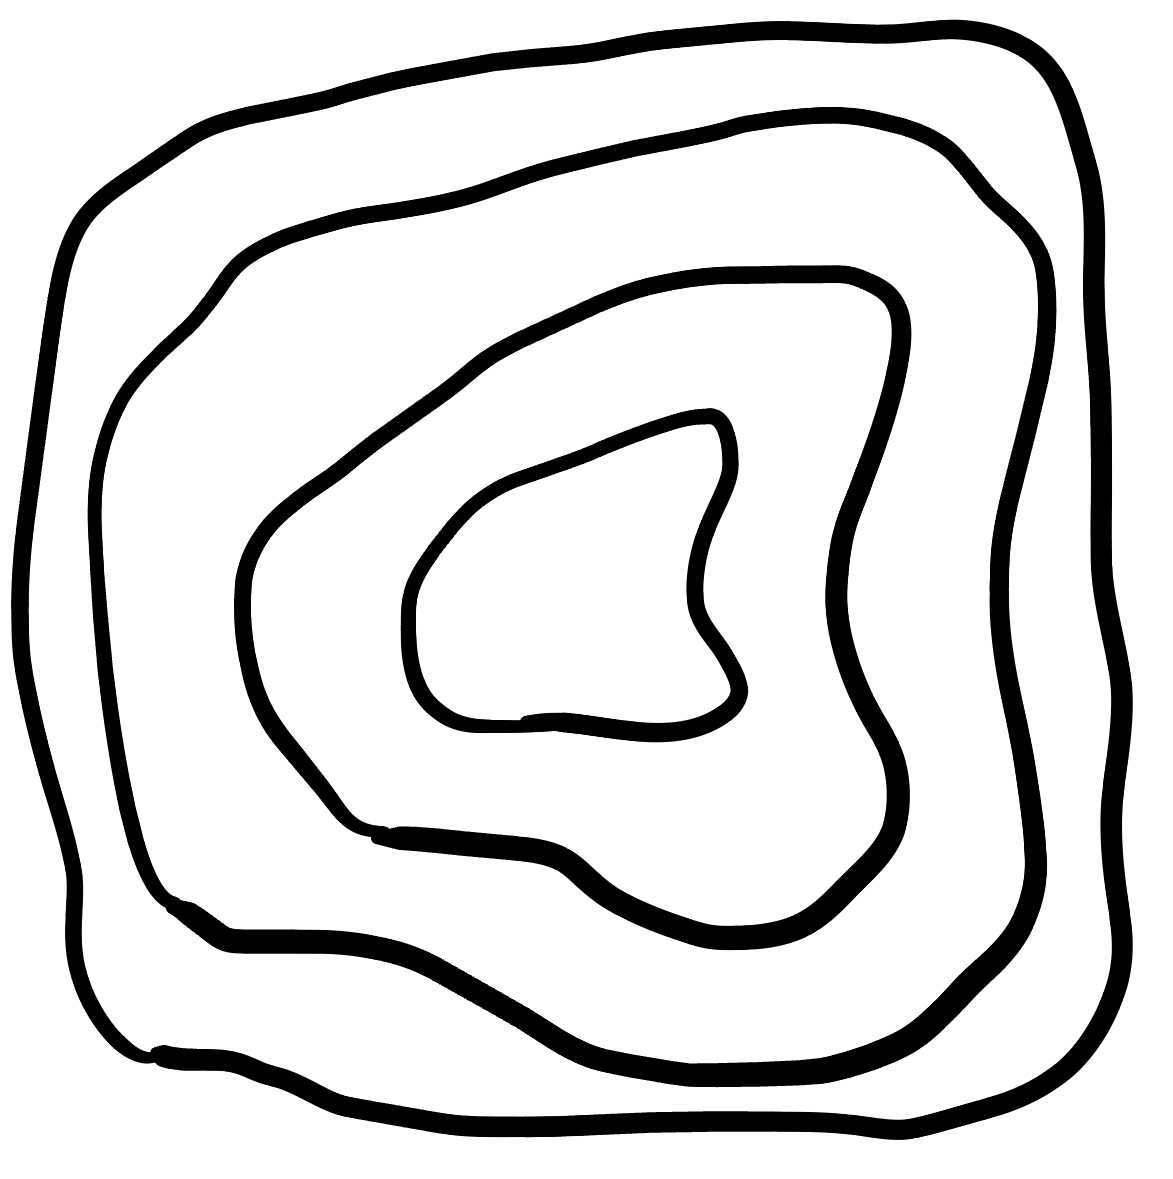
Number of regions (including the outer root region): 5
Containment tree edges (parent, child): 0, 1, 1, 2, 2, 3, 3, 4